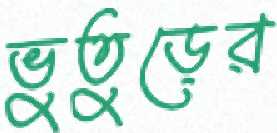
ভুতুড়ের